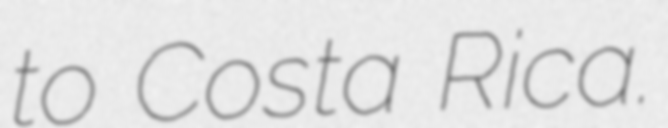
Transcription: to Costa Rica.